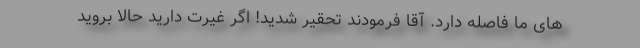
های ما فاصله دارد. آقا فرمودند تحقیر شدید! اگر غیرت دارید حالا بروید